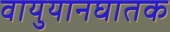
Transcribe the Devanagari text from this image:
वायुयानघातक